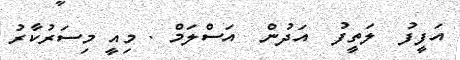
އަފީފު  ލަތީފު  އަދުން  އަސްލަމް . މިއީ މިސަރުކާރު